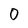
Character: 0